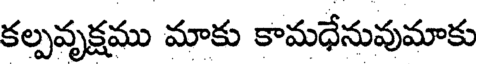
కల్పవృక్షము మాకు కామధేనువుమాకు